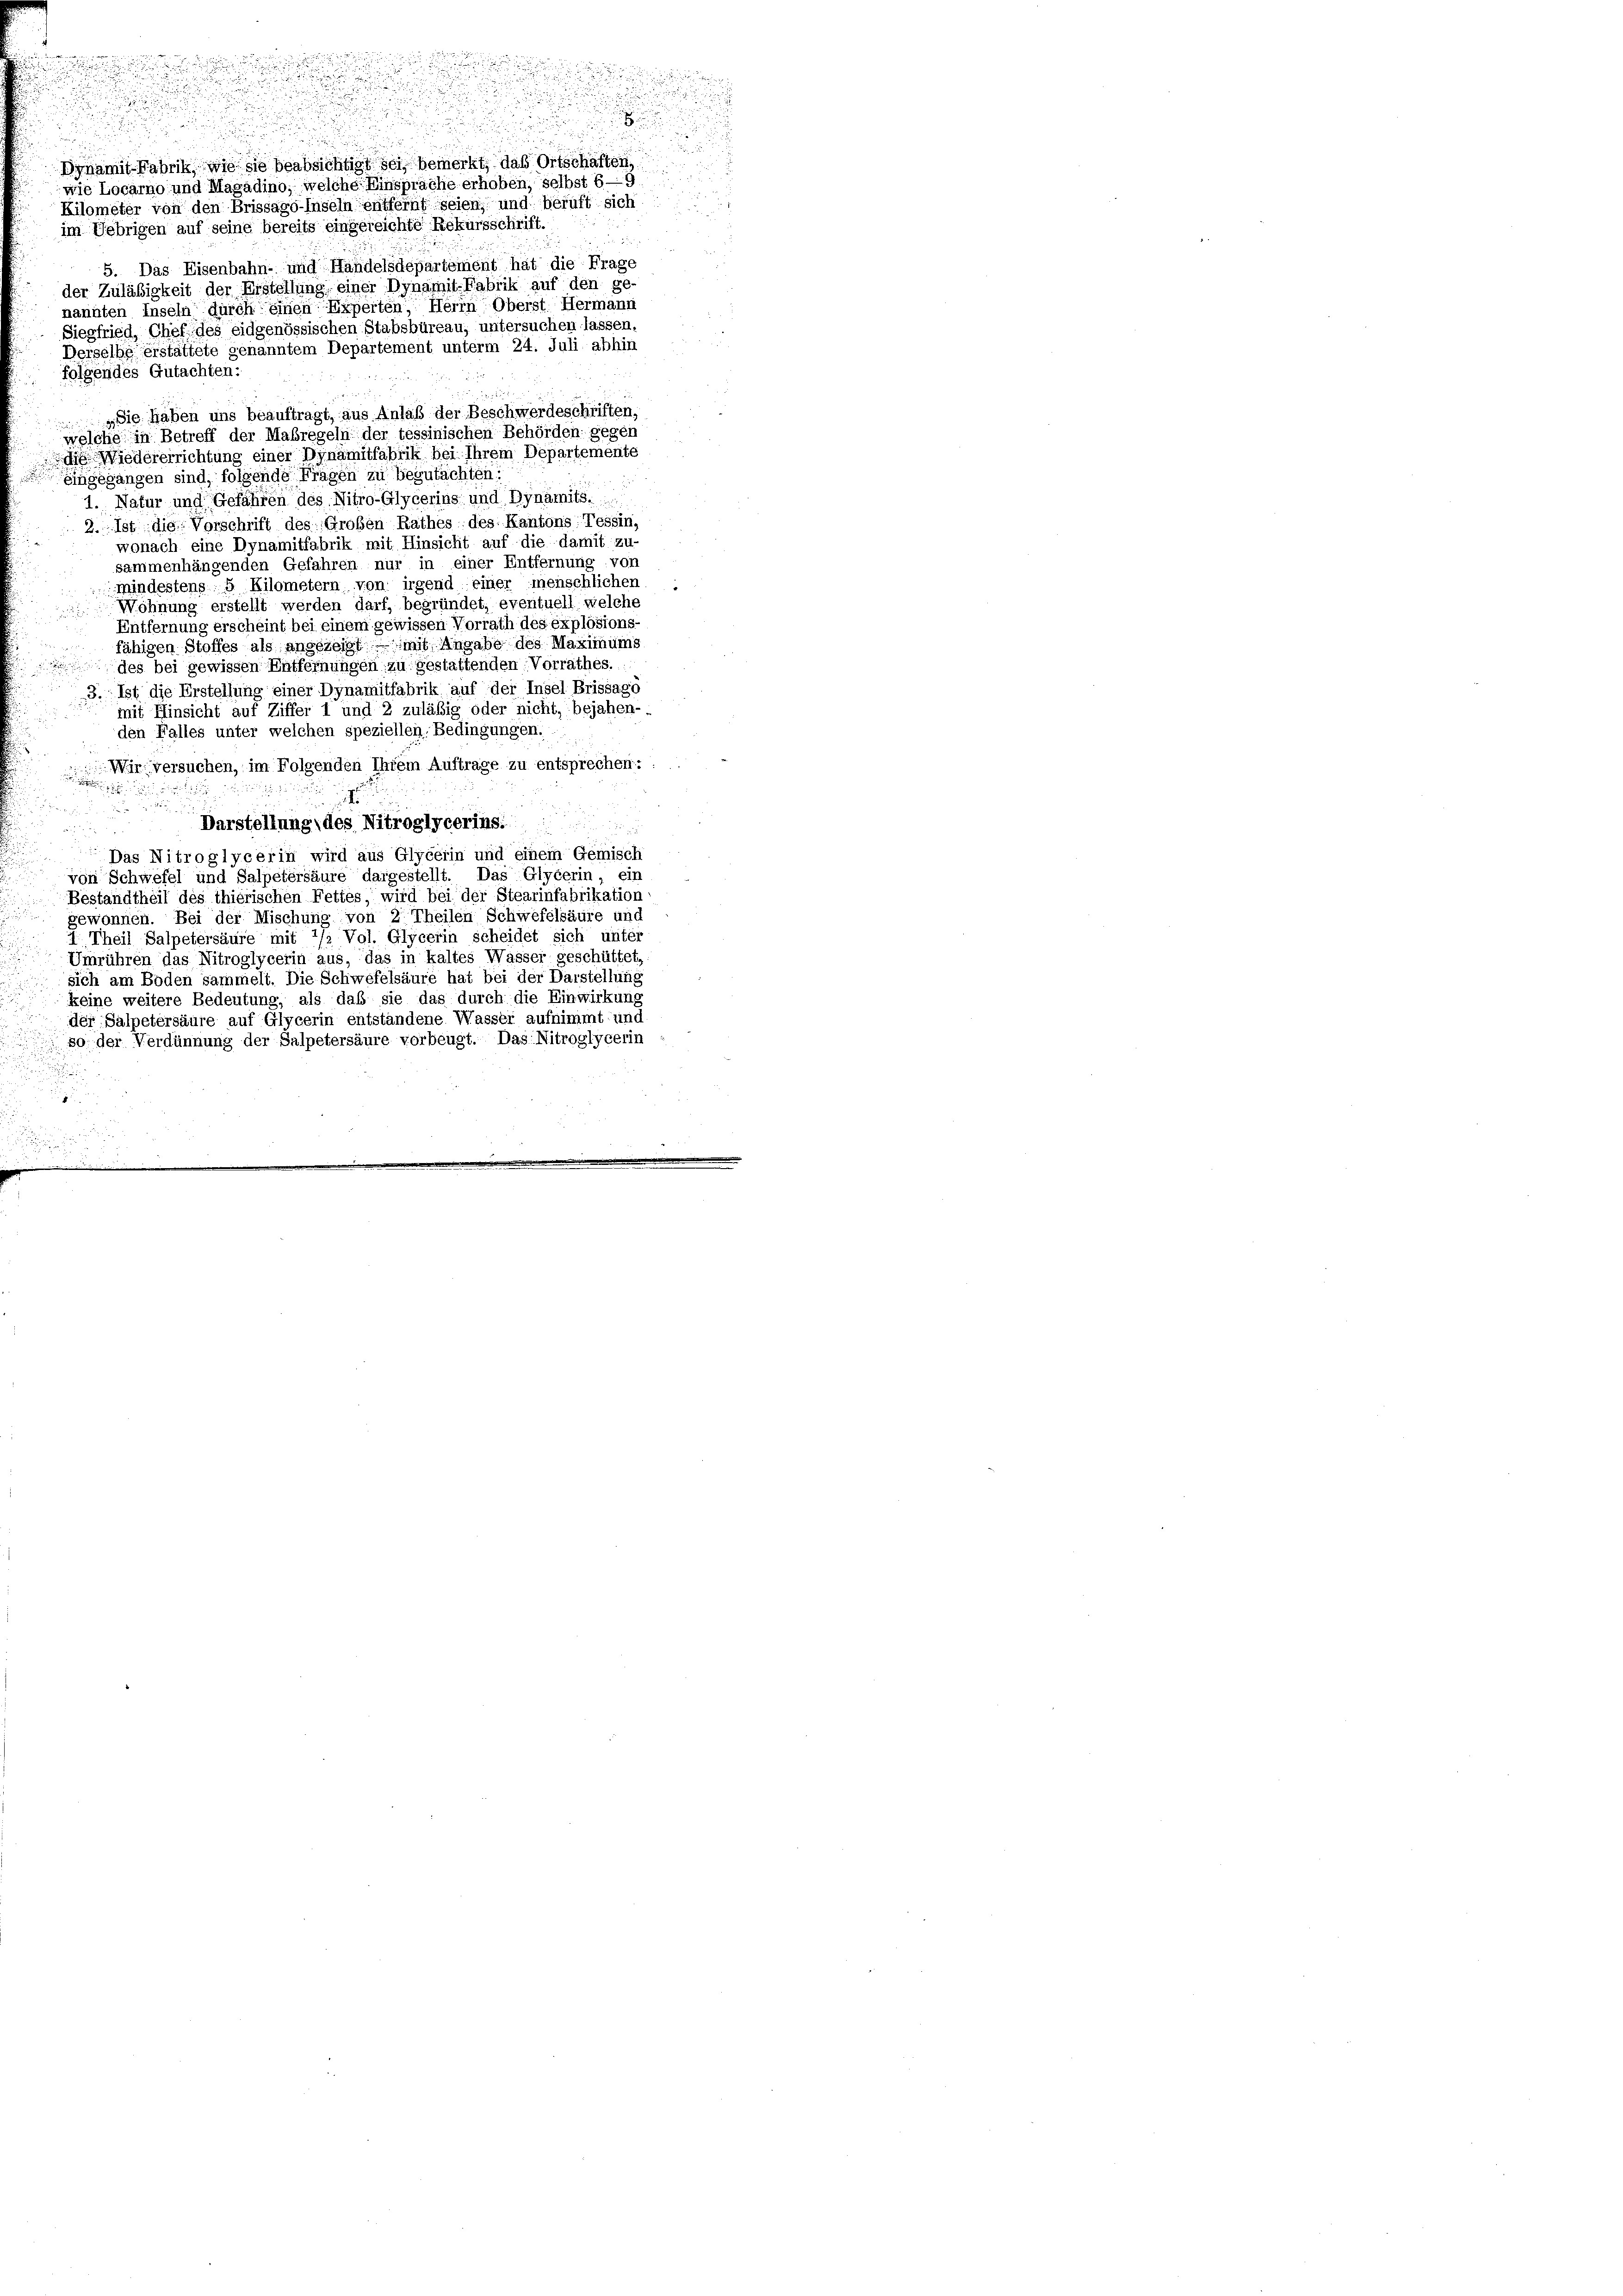
n
u
wie Locarno und Magadino, welche Einsprache erhoben, selbst 69
Kilometer von den Brissago-Inseln entfernt seien, und beruft sich
im Uebrigen auf seine bereits eingereichte Rekursschrift.

5. Das Eisenbahn- und Handelsdepartement hat die Frage
der Zuläbigkeit der Erstellung einer Dynamit-Fabrik auf den ge-
nannten Inseln durch einen Experten Herrn Oberst Hermann
Siegfried, Chef des eidgenössischen Stabsbüreau, untersuchen lassen.
Derselbe erstattete genanntem Departement unterm 24. Juli abhin
folgendes Gutachten:
„Sie haben uns beauftragt, aus Anlaß der Beschwerdeschriften,
welche in Betreff der Maßregeln der tessinischen Behörden gegen
d Wiedererrichtung einer Dynamitfabrik bei Ihrem Departemente
Eingegangen sind, folgende Fragen zu begutachten.
1. Natur und Gefähren des Nitro-Glycerins und Dynamits.
2. Ist die Vorschrift des Großen Rathes des Kantons Tessin,
wonach eine Dynamitfabrik mit Hinsicht auf die damit zu-
sammenhängenden Gefahren nur in einer Entfernung von
mindestens 5 Kilometern von irgend einer menschlichen
Wohnung erstellt werden darf, begründet, eventuell welche
Entfernung erscheint bei einem gewissen Vorrath des explosions-
fähigen Stoffes als angezeigt mit Angabe des Maximums
des bei gewissen Entfernungen zu gestattenden Vorrathes.
3. Ist die Erstellung einer Dynamitfabrik auf der Insel Brissago
mit Hinsicht auf Ziffer 1 und 2 zuläßig oder nicht, bejahen-.
den Falles unter welchen speziellen, Bedingungen.
Wir versuchen, im Folgenden Ihrem Auftrage zu entsprechen:

e
Darstellung des Nitroglycerins:

Das Nitroglycerin wird aus Glycerin und einem Gemisch
von Schwefel und Salpetersäure dargestellt. Das Glycerin, ein
Bestandtheil des thierischen Fettes, wird bei der Stearinfabrikation
gewonnen. Bei der Mischung von 2 Theilen Schwefelsäure und
4 Theil Salpetersäure mit 1/2 Vol. Glycerin scheidet sich unter
Umrühren das Nitroglycerin aus, das in kaltes Wasser geschüttet,
sich am Boden sammelt. Die Schwefelsäure hat bei der Darstellung
keine weitere Bedeutung, als das sie das durch die Einwirkung
der Salpetersäure auf Glycerin entstandene Wasser aufnimmt und
 80 der Verdünnung der Salpetersäure vorbeugt. Das Nitroglycerin
.
g
u

e

Dynamit Fabrik, wie sie beabsichtigt sei bemerkt, das Ortschaften,

.